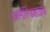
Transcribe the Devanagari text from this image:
फामैंल्डिहाइड